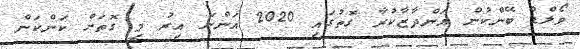
ވޯލްޑް ބޭންކުން އަންދާޒާކުރާ ގޮތުގައި 2020 އަންނަ އިރު މި ގޮތަށް ކަންކަން